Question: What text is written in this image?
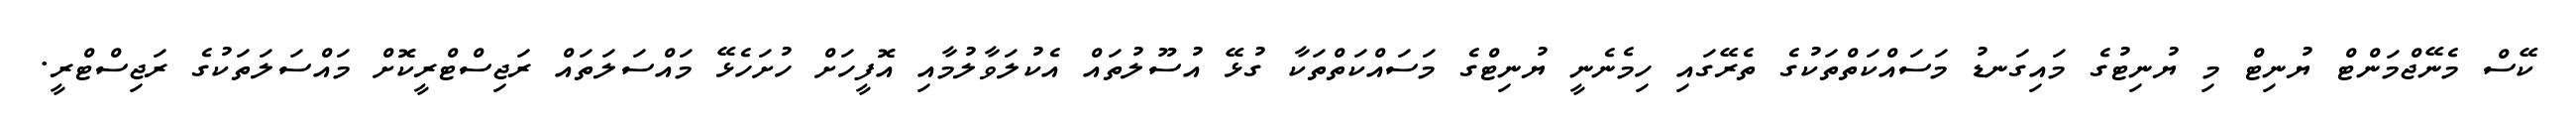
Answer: ކޭސް މެނޭޖްމަންޓް ޔުނިޓް މި ޔުނިޓުގެ މައިގަނޑު މަސައްކަތްތަކުގެ ތެރޭގައި ހިމެނެނީ ޔުނިޓްގެ މަސައްކަތްތަކާ ގުޅޭ އުސޫލުތައް އެކުލަވާލުމާއި އޮފީހަށް ހުށަހެޅޭ މައްސަލަތައް ރަޖިސްޓްރީކޮށް މައްސަލަތަކުގެ ރަޖިސްޓްރީ.